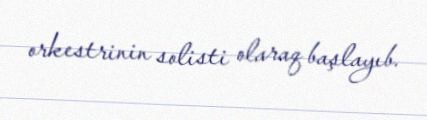
orkestrinin solisti olaraq başlayıb.